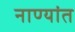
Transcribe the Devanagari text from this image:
नाण्यांत